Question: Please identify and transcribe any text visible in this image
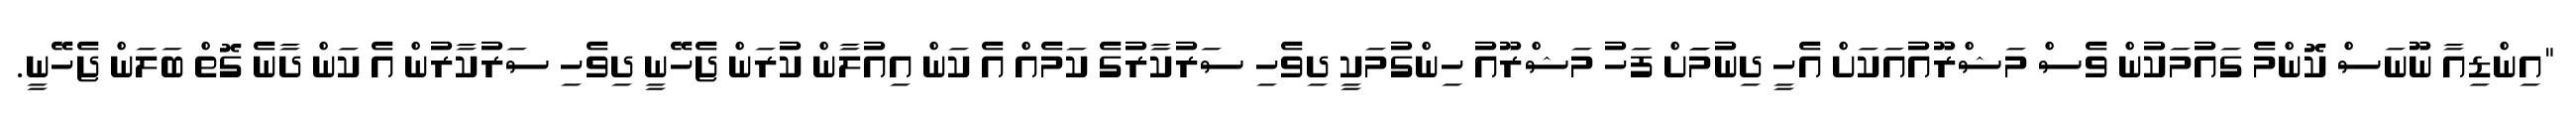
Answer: "އިންޑިއާ ނޫނަސް ކޮންމެ ގައުމަކުން ވެސް މަޝްރޫއުއަކަށް އެހީ ދިނުމަަށް ފަހު މަޝްރޫއު ހިންގުމަކީ ދިވެހި ސަރުކާރުގެ ކަމެއް އެ ކަން އިއުލާން ކުރަން ޖެހޭނީ ދިވެހި ސަރުކާރުން އެ ކަން ދާނެ ގޮތް ބަލަން ޖެހޭނީ.